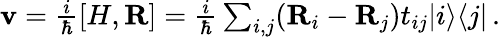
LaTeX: \begin{array}{r}{{\mathbf v}=\frac{i}{\hbar}[H,{\mathbf R}]=\frac{i}{\hbar}\sum_{i,j}({\mathbf R}_{i}-{\mathbf R}_{j})t_{ij}\vert i\rangle\langle j\vert\, .}\end{array}